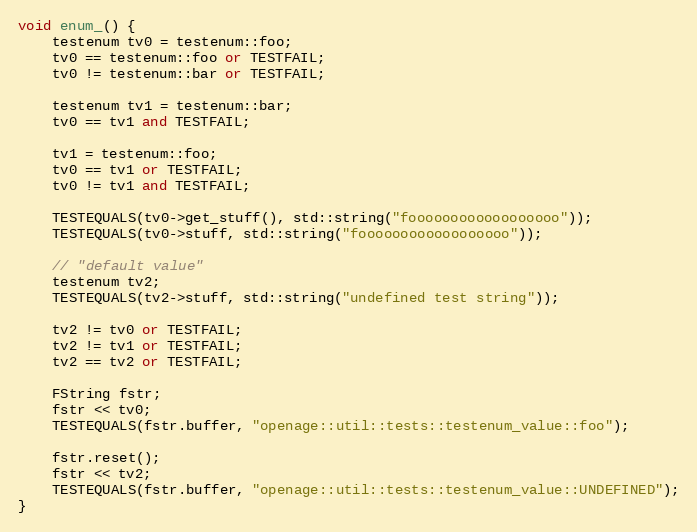
Language: C++
void enum_() {
	testenum tv0 = testenum::foo;
	tv0 == testenum::foo or TESTFAIL;
	tv0 != testenum::bar or TESTFAIL;

	testenum tv1 = testenum::bar;
	tv0 == tv1 and TESTFAIL;

	tv1 = testenum::foo;
	tv0 == tv1 or TESTFAIL;
	tv0 != tv1 and TESTFAIL;

	TESTEQUALS(tv0->get_stuff(), std::string("foooooooooooooooooo"));
	TESTEQUALS(tv0->stuff, std::string("foooooooooooooooooo"));

	// "default value"
	testenum tv2;
	TESTEQUALS(tv2->stuff, std::string("undefined test string"));

	tv2 != tv0 or TESTFAIL;
	tv2 != tv1 or TESTFAIL;
	tv2 == tv2 or TESTFAIL;

	FString fstr;
	fstr << tv0;
	TESTEQUALS(fstr.buffer, "openage::util::tests::testenum_value::foo");

	fstr.reset();
	fstr << tv2;
	TESTEQUALS(fstr.buffer, "openage::util::tests::testenum_value::UNDEFINED");
}